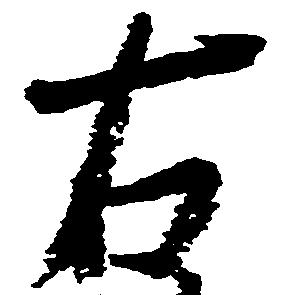
右